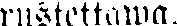
rustettawa.